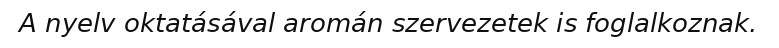
A nyelv oktatásával aromán szervezetek is foglalkoznak.